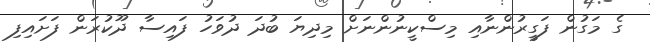
ގެ މަގުން ފަގީރުންނާއި މިސްކީނުންނަށް މިދިޔަ ބުދަ ދުވަހު ފައިސާ ދޫކުރަން ފަށައިފި